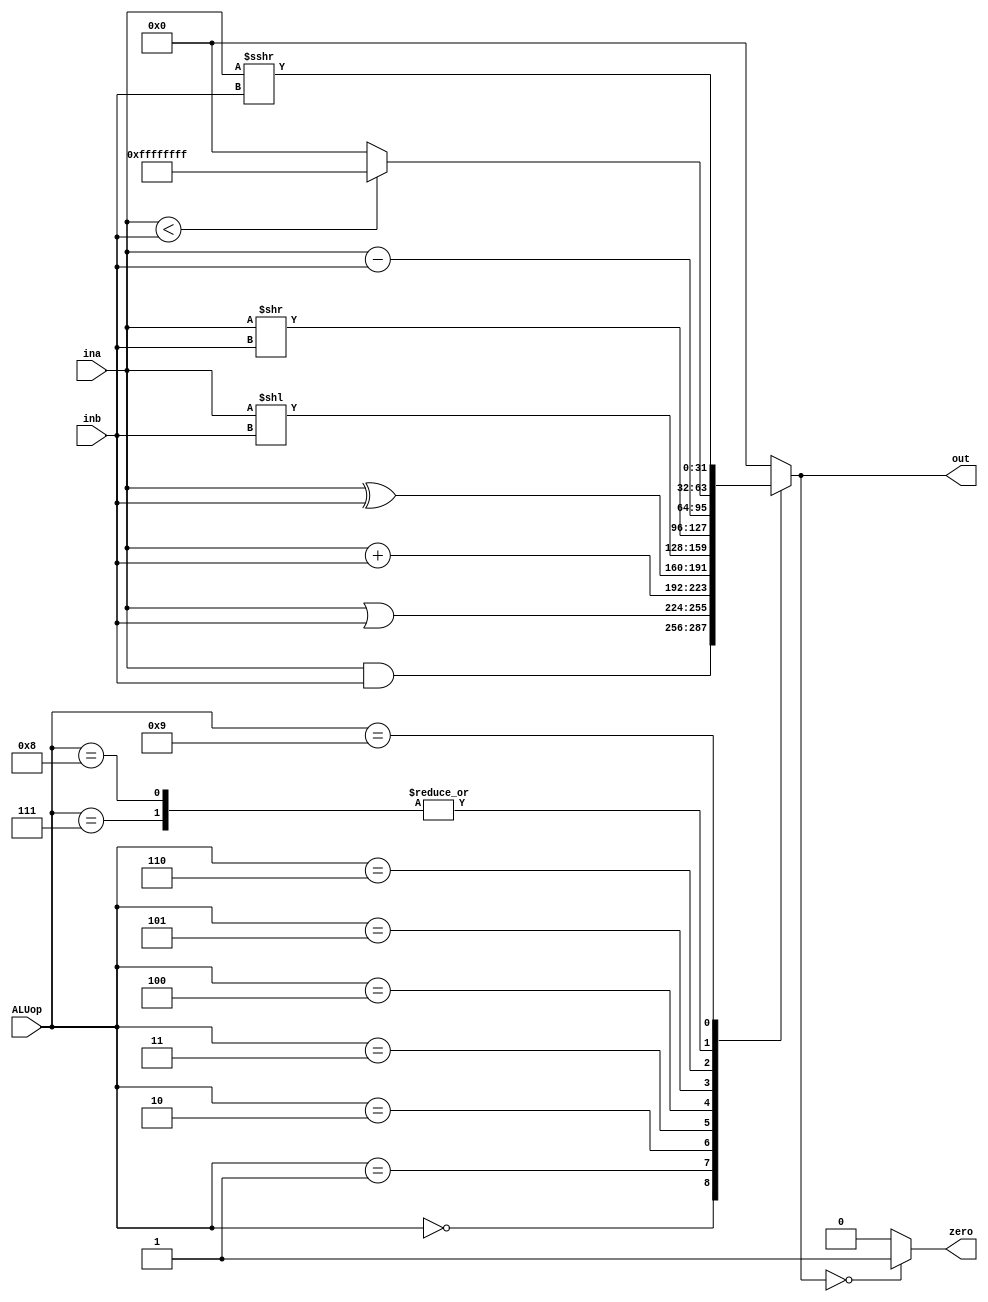
`timescale 1ns / 1ps

module ALU #(
    parameter ALUOP_WIDTH = 4,
    parameter DATA_WIDTH = 32
)(
    input [ALUOP_WIDTH-1:0] ALUop,
    input [DATA_WIDTH-1:0] ina,
    input [DATA_WIDTH-1:0] inb,
    output zero,
    output reg [DATA_WIDTH-1:0] out
);

    localparam ALU_AND = 4'b0000;
    localparam ALU_OR = 4'b0001;
    localparam ALU_ADD = 4'b0010;
    localparam ALU_XOR = 4'b0011;
    localparam ALU_SLL = 4'b0100;
    localparam ALU_SRL = 4'b0101;
    localparam ALU_SUB = 4'b0110;
    localparam ALU_SLT = 4'b0111;
    localparam ALU_SLTU = 4'b1000;
    localparam ALU_SRA = 4'b1001;

    always @(*) begin
        case (ALUop)
            ALU_AND: out <= ina & inb; 
            ALU_OR: out <= ina | inb; 
            ALU_ADD: out <= ina + inb;
            ALU_XOR: out <= ina ^ inb;
            ALU_SLL: out <= ina << inb;
            ALU_SRL: out <= ina >> inb;
            ALU_SUB: out <= ina - inb;
            ALU_SLT: out <= (ina < inb) ? {DATA_WIDTH{1'b1}} : {DATA_WIDTH{1'b0}};
            ALU_SLTU: out <= ($unsigned(ina) < $unsigned(inb)) ? {DATA_WIDTH{1'b1}} : {DATA_WIDTH{1'b0}};
            ALU_SRA: out <= ina >>> inb;
            default: out = {DATA_WIDTH{1'b0}};
        endcase
    end

    assign zero = (out == {DATA_WIDTH{1'b0}}) ? 1'b1 : 1'b0;

endmodule